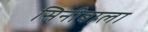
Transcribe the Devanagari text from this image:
सिनीबाला